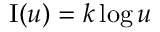
\operatorname { I } ( u ) = k \log u